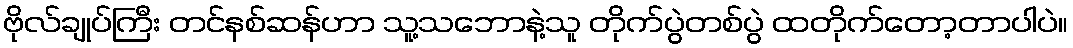
ဗိုလ်ချုပ်ကြီး တင်နစ်ဆန်ဟာ သူ့သဘောနဲ့သူ တိုက်ပွဲတစ်ပွဲ ထတိုက်တော့တာပါပဲ။